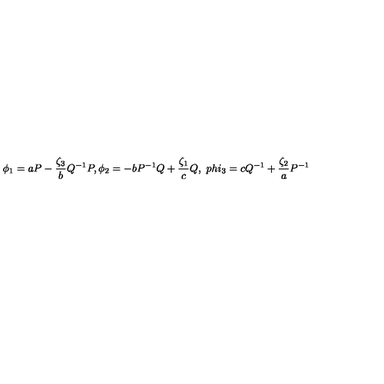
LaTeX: \phi _ { 1 } = a P - \frac { \zeta _ { 3 } } { b } Q ^ { - 1 } P , \phi _ { 2 } = - b P ^ { - 1 } Q + \frac { \zeta _ { 1 } } { c } Q , \ p h i _ { 3 } = c Q ^ { - 1 } + \frac { \zeta _ { 2 } } { a } P ^ { - 1 }